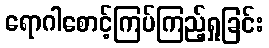
ရောဂါစောင့်ကြပ်ကြည့်ရှုခြင်း